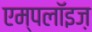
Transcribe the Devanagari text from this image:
एम्पलॉइज़